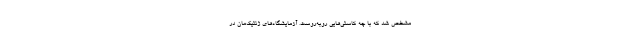
مشخص شد که با چه کاستی‌هایی روبه‌روست. آزمایشگاه‌های ژنتیک‌مان در